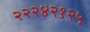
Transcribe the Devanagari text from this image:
२२२४२१२५